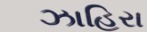
ઝાહિરા